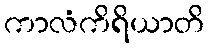
ကာလံကိရိယာတိ